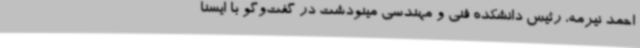
احمد نیرمه، رئیس دانشکده فنی و مهندسی مینودشت در گفت‌وگو با ایسنا